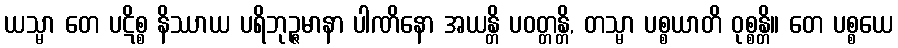
ယသ္မာ တေ ပဋိစ္စ နိဿာယ ပရိဘုဉ္ဇမာနာ ပါဏိနော အယန္တိ ပဝတ္တန္တိ, တသ္မာ ပစ္စယာတိ ဝုစ္စန္တိ။ တေ ပစ္စယေ